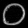
Digit: ၀